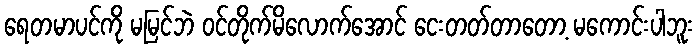
ရေတမာပင်ကို မမြင်ဘဲ ဝင်တိုက်မိလောက်အောင် ငေးတတ်တာတော့ မကောင်းပါဘူး